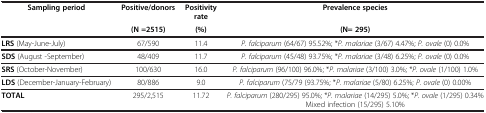
<table><thead><tr><td rowspan="2"><b>Sampling period</b></td><td><b>Positive/donors</b></td><td><b>Positivity rate</b></td><td><b>Prevalence species</b></td></tr><tr><td><b>(N =2515)</b></td><td><b>(%)</b></td><td><b>(N= 295)</b></td></tr></thead><tbody><tr><td><b>LRS</b> (May-June-July)</td><td>67/590</td><td>11.4</td><td><i>P. falciparum</i> (64/67) 95.52%; *<i>P. malariae</i> (3/67) 4.47%; <i>P. ovale</i> (0) 0.0%</td></tr><tr><td><b>SDS</b> (August -September)</td><td>48/409</td><td>11.7</td><td><i>P. falciparum</i> (45/48) 93.75%; *<i>P. malariae</i> (3/48) 6.25%; <i>P. ovale</i> (0) 0.0%</td></tr><tr><td><b>SRS</b> (October-November)</td><td>100/630</td><td>16.0</td><td><i>P. falciparum</i> (96/100) 96.0%; *<i>P. malariae</i> (3/100) 3.0%; *<i>P. ovale</i> (1/100) 1.0%</td></tr><tr><td><b>LDS</b> (December-January-February)</td><td>80/886</td><td>9.0</td><td><i>P. falciparum</i> (75/79 (93.75%; *<i>P. malariae</i> (5/80) 6.25%; <i>P. ovale</i> (0) 0.00%</td></tr><tr><td><b>TOTAL</b></td><td>295/2,515</td><td>11.72</td><td><i>P. falciparum</i> (280/295) 95.0%; *<i>P. malariae</i> (14/295) 5.0%; *<i>P. ovale</i> (1/295) 0.34% Mixed infection (15/295) 5.10%</td></tr></tbody></table>